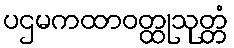
ပဌမကထာဝတ္ထုသုတ္တံ